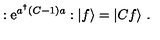
: \mathrm { e } ^ { a ^ { \dagger } ( C - 1 ) a } : | f \rangle = | C f \rangle \ .